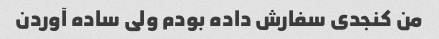
من کنجدی سفارش داده بودم ولی ساده آوردن